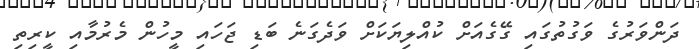
ދަންވަރުގެ ވަގުތުގައި ގޭގެއަށް ކުއްލިޔަކަށް ވަދެގަނެ ބަޑި ޖަހައި މީހުން މެރުމާއި ކީރިތި